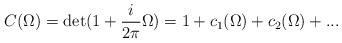
LaTeX: \begin{align*}C(\Omega ) = \det ( 1+ \frac{i}{2\pi} \Omega ) = 1 + c_1( \Omega ) +c_2 (\Omega ) +...\end{align*}